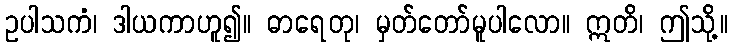
ဥပါသကံ၊ ဒါယကာဟူ၍။ ဓာရေတု၊ မှတ်တော်မူပါလော။ ဣတိ၊ ဤသို့။